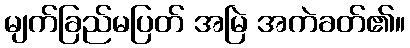
မျက်ခြည်မပြတ် အမြဲ အကဲခတ်၏။